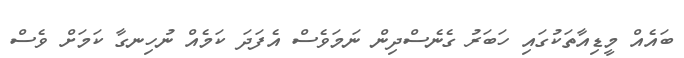
ބައެއް މީޑިއާތަކުގައި ހަބަރު ގެނެސްދިން ނަމަވެސް އެފަދަ ކަމެއް ނުހިނގާ ކަމަށް ވެސް